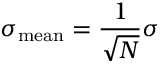
\sigma _ { \mathrm { m e a n } } = { \frac { 1 } { \sqrt { N } } } \sigma